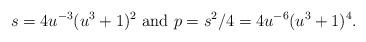
LaTeX: \begin{align*}s = 4u^{-3}(u^3+1)^2\mbox{ and }p = s^2/4= 4u^{-6}(u^3+1)^4.\end{align*}